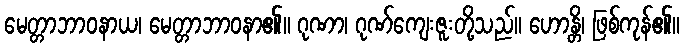
မေတ္တာဘာဝနာယ၊ မေတ္တာဘာဝနာ၏။ ဂုဏာ၊ ဂုဏ်ကျေးဇူးတို့သည်။ ဟောန္တိ၊ ဖြစ်ကုန်၏။